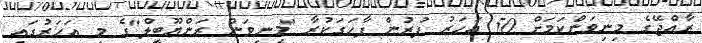
ރާއްޖޭގެ މިނިވަންކަމަށް 50 އަހަރު ފުރުން ފާހަގަކުރާ "މިނިވަން ރަންޔޫބީލް"ގެ މި އަހަރުގައި